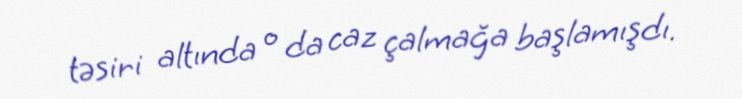
təsiri altında o da caz çalmağa başlamışdı.